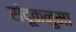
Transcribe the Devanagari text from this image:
संदूकनुमा